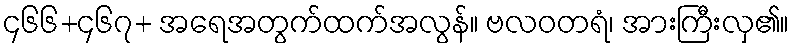
၄၆၆+၄၆၇+ အရေအတွက်ထက်အလွန်။ ဗလဝတရံ၊ အားကြီးလှ၏။